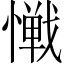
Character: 𱟎